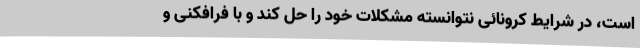
است، در شرایط کرونائی نتوانسته مشکلات خود را حل کند و با فرافکنی و